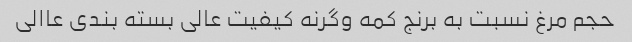
حجم مرغ نسبت به برنج کمه وگرنه کیفیت عالی بسته بندی عاالی